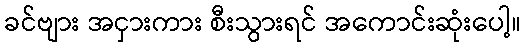
ခင်ဗျား အငှားကား စီးသွားရင် အကောင်းဆုံးပေါ့။